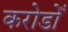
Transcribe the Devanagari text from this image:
करोडोँ